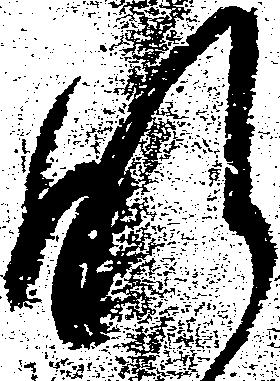
肝